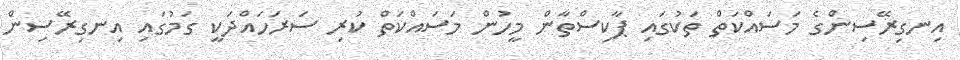
އިނގިރޭސިންގެ މަސައްކަތް ތަކުގައި ޕާކިސްތާން މީހުން މަސައްކަތް ކުރި ސަރަހައްދަކީ ގަމުގައި އިނގިރޭސިން